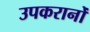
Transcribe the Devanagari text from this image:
उपकरानोँ